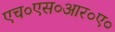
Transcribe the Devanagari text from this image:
एच०एस०आर०ए०